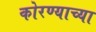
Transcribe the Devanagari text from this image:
कोरण्याच्या